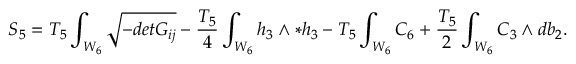
S _ { 5 } = T _ { 5 } \int _ { W _ { 6 } } \sqrt { - d e t G _ { i j } } - { \frac { T _ { 5 } } { 4 } } \int _ { W _ { 6 } } h _ { 3 } \wedge * h _ { 3 } - T _ { 5 } \int _ { W _ { 6 } } C _ { 6 } + { \frac { T _ { 5 } } { 2 } } \int _ { W _ { 6 } } C _ { 3 } \wedge d b _ { 2 } .